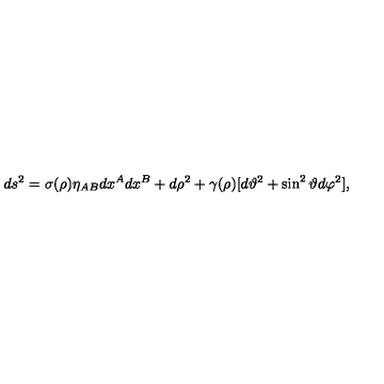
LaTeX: d s ^ { 2 } = \sigma ( \rho ) \eta _ { A B } d x ^ { A } d x ^ { B } + d \rho ^ { 2 } + \gamma ( \rho ) [ d \vartheta ^ { 2 } + \sin ^ { 2 } { \vartheta } d \varphi ^ { 2 } ] ,